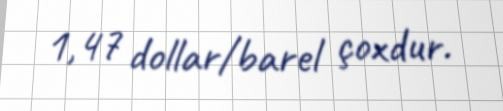
1,47 dollar/barel çoxdur.